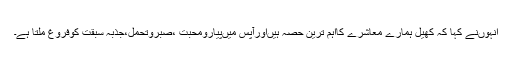
انہوںنے کہا کہ کھیل ہمارے معاشرے کااہم ترین حصہ ہیںاورآپس میںپیارومحبت ،صبروتحمل،جذبہ سبقت کوفروغ ملتا ہے۔